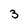
Character: 3